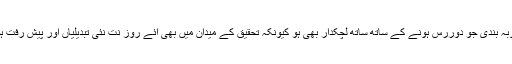
ایسی منصوبہ بندی جو دوررس ہونے کے ساتھ ساتھ لچکدار بھی ہو کیونکہ تحقیق کے میدان میں بھی آئے روز نت نئی تبدیلیاں اور پیش رفت ہو رہی ہے۔